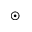
\odot